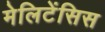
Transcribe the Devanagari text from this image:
मेलिटेंसिस